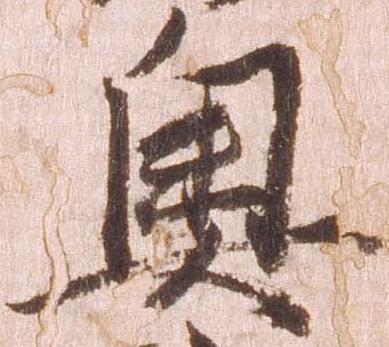
奥